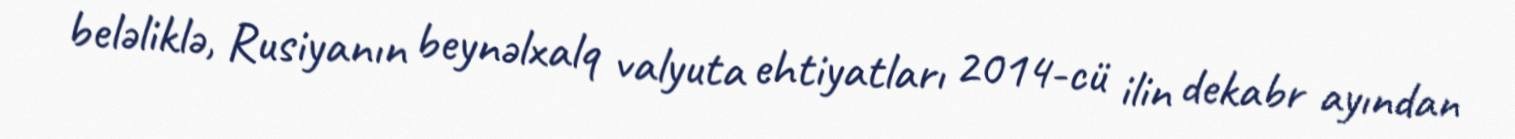
beləliklə, Rusiyanın beynəlxalq valyuta ehtiyatları 2014-cü ilin dekabr ayından